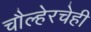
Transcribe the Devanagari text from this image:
चौल्हेरचेही